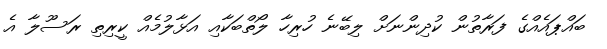
ބައްޕައެއްގެ ފަރާތުން ކުދިންނަށް ލިބޭނެ ހުރިހާ ލޯތްބަކާއި އަޅާލުމެއް ކީރިތި ރަސޫލާ އެ